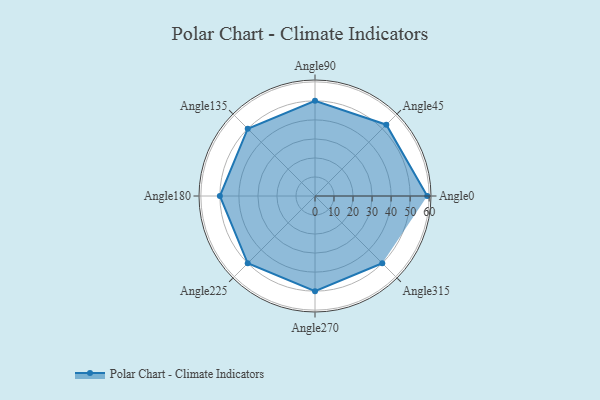
{"axis": {"x": "Angle", "y": "Radius"}, "legend": [""], "data": [{"x": "Angle0", "y": 59.0, "type": ""}, {"x": "Angle45", "y": 53.0, "type": ""}, {"x": "Angle90", "y": 50, "type": ""}, {"x": "Angle135", "y": 50, "type": ""}, {"x": "Angle180", "y": 50, "type": ""}, {"x": "Angle225", "y": 50, "type": ""}, {"x": "Angle270", "y": 50, "type": ""}, {"x": "Angle315", "y": 50, "type": ""}]}